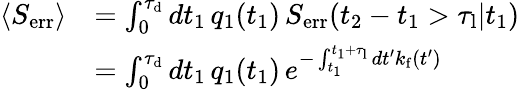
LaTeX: \begin{array}{rl}{\langle S_{\mathrm{err}}\rangle}&{=\int_{0}^{\tau_{\mathrm{d}}}dt_{1}\, q_{1}(t_{1})\, S_{\mathrm{err}}(t_{2}-t_{1}>\tau_{\mathrm{l}}|t_{1})}\\ &{=\int_{0}^{\tau_{\mathrm{d}}}dt_{1}\, q_{1}(t_{1})\, e^{-\int_{t_{1}}^{t_{1}+\tau_{\mathrm{l}}}dt^{\prime}k_{\mathrm{f}}(t^{\prime})}}\end{array}